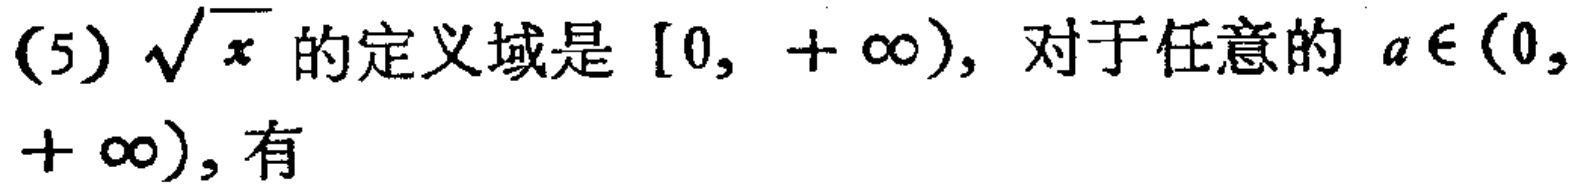
(5) $\sqrt{x}$ 的定义域是 $[0, +\infty)$，对于任意的 $a\in(0,+\infty)$，有